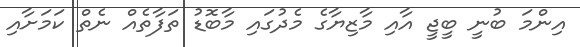
އިންމަ ބުނީ ބީޖީ އާއި މާޒިޔާގެ މެދުގައި މާބޮޑު ތަފާތެއް ނެތް ކަމަށާއި